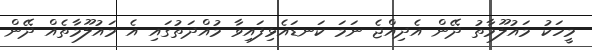
މީހަކު މައުލޫމާތު ދޭން އެދިއްޖެ ނަމަ ކަނޑައެޅިފައިވާ މުއްދަތުގައި އެ މައުލޫމާތެއް ދޭން